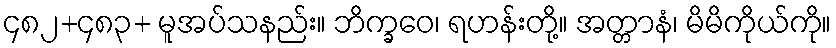
၄၈၂+၄၈၃+ မူအပ်သနည်း။ ဘိက္ခဝေ၊ ရဟန်းတို့။ အတ္တာနံ၊ မိမိကိုယ်ကို။